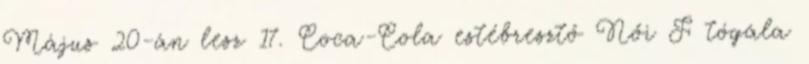
Május 20-án lesz 17. Coca-Cola estébresztő Női F tógála